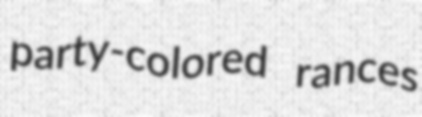
party-colored rances